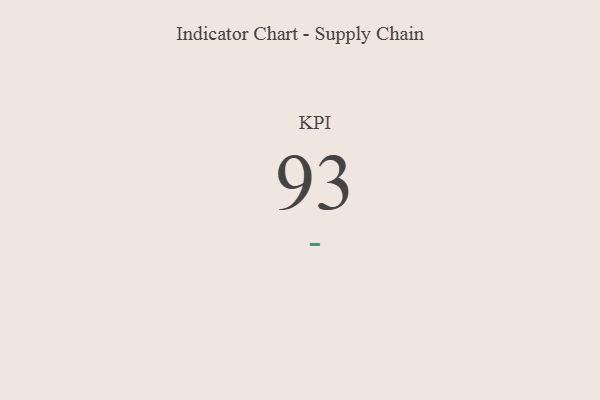
{"axis": {"x": "KPI", "y": "Value"}, "legend": [""], "data": [{"x": "KPI", "y": 93, "type": ""}]}